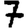
Digit: 7